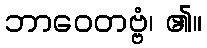
ဘာဝေတဗ္ဗံ၊ ၏။